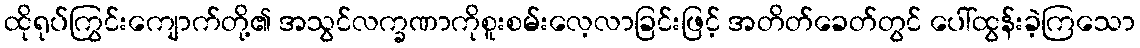
ထိုရုပ်ကြွင်းကျောက်တို့၏ အသွင်လက္ခဏာကိုစူးစမ်းလေ့လာခြင်းဖြင့် အတိတ်ခေတ်တွင် ပေါ်ထွန်းခဲ့ကြသော